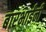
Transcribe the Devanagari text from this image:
बारभाईंनी